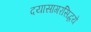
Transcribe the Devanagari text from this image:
दयासागरसिद्धये